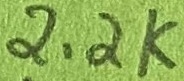
Text: 2.2K